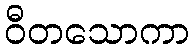
ဝီတသောကာ